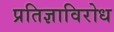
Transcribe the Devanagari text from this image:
प्रतिज्ञाविरोध